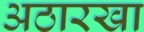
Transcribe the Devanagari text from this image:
अठारखा